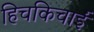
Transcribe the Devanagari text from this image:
हिचकिचाईं